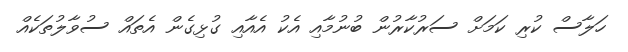
ހަލާސް ކުރި ކަމަށް ސަރުކާރުން ބުނުމާއި އެކު އެއާއި ގުޅިގެން އެތައް ސުވާލުތަކެއް